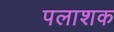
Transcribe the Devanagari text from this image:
पलाशक